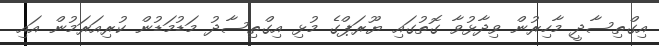
އިގްތިސާދީ މާހިރުން ވިދާޅުވާ ގޮތުގައި ޔޫރަޕްގެ މުޅި އިގްތިސާދު މަޑުމަޑުން ކުރިއަރަމުން އައި